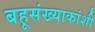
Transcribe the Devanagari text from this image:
बहूसंख्याकांशी